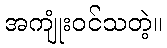
အကျုံးဝင်သတဲ့။